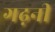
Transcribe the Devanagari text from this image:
गढ़नी